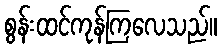
စွန်းထင်ကုန်ကြလေသည်။